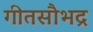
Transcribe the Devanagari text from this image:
गीतसौभद्र